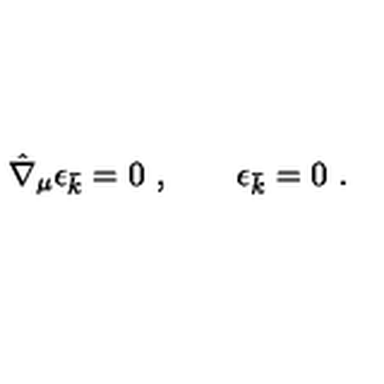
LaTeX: \hat { \nabla } _ { \mu } \epsilon _ { \bar { k } } = 0 \ , \qquad \epsilon _ { \bar { k } } = 0 \ .